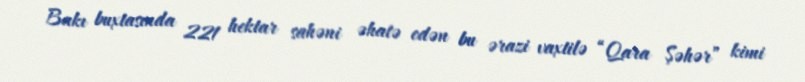
Bakı buxtasında 221 hektar sahəni əhatə edən bu ərazi vaxtilə “Qara Şəhər” kimi